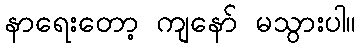
နာရေးတော့ ကျနော် မသွားပါ။